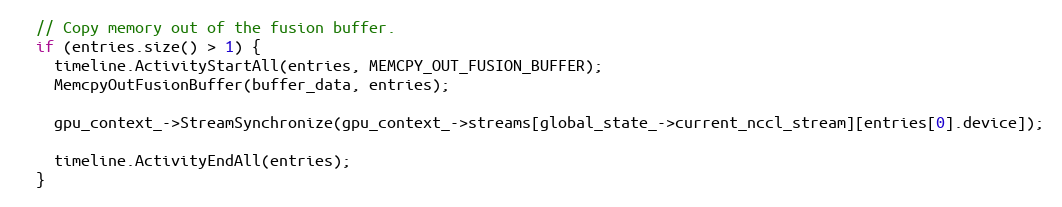
Language: C++
  // Copy memory out of the fusion buffer.
  if (entries.size() > 1) {
    timeline.ActivityStartAll(entries, MEMCPY_OUT_FUSION_BUFFER);
    MemcpyOutFusionBuffer(buffer_data, entries);

    gpu_context_->StreamSynchronize(gpu_context_->streams[global_state_->current_nccl_stream][entries[0].device]);

    timeline.ActivityEndAll(entries);
  }